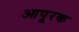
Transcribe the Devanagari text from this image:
आपूरक